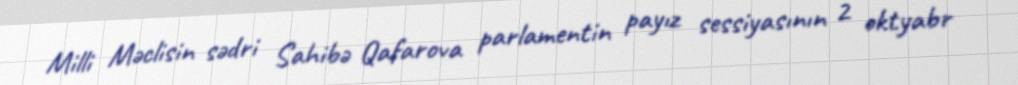
Milli Məclisin sədri Sahibə Qafarova parlamentin payız sessiyasının 2 oktyabr